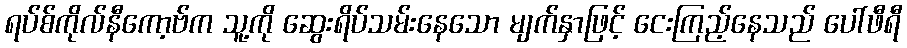
ရပ်စ်ကိုလ်နီကော့ဗ်က သူ့ကို ဆွေးရိပ်သမ်းနေသော မျက်နှာဖြင့် ငေးကြည့်နေသည် ပေါ်ဖီရီ